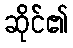
ဆိုင်၏